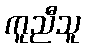
ကူညီသူ